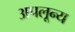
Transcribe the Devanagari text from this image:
अपलून्य